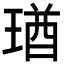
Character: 㻥